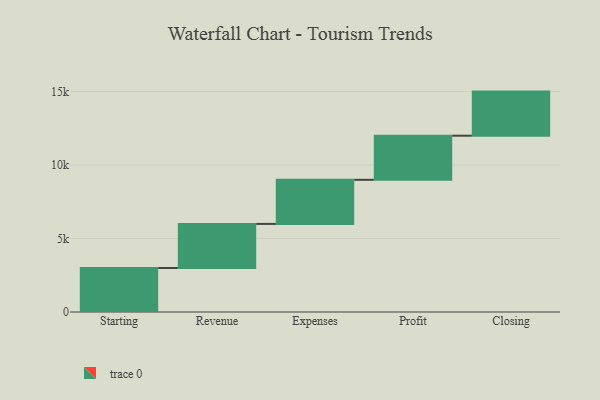
{"axis": {"x": "Step", "y": "Value"}, "legend": [""], "data": [{"x": "Starting", "y": 2992.0, "type": ""}, {"x": "Revenue", "y": 3000, "type": ""}, {"x": "Expenses", "y": 3000, "type": ""}, {"x": "Profit", "y": 3000, "type": ""}, {"x": "Closing", "y": 3000, "type": ""}]}